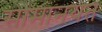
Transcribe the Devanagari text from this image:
सामानयत